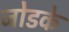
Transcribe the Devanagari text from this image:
जोडके